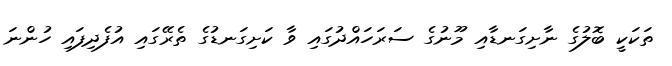
ތަކަކީ ބޮލުގެ ނާށިގަނޑާއި މޫނުގެ ސަރަހައްދުގައި ވާ ކަށިގަނޑުގެ ތެރޭގައި އުފެދިފައި ހުންނަ